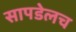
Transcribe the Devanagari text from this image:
सापडेलच